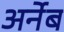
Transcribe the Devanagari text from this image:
अर्नेब